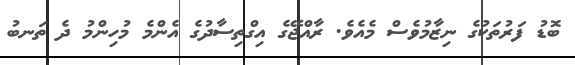
ބޮޑު ފަރުތަކުގެ ނިޒާމުވެސް މެއެވެ. ރާއްޖޭގެ އިގްތިސާދުގެ އެންމެ މުހިންމު ދެ ތަނބު